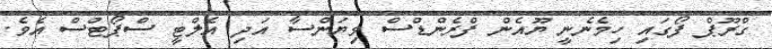
ގްރޫޕް ފޯގައި ހިމެނެނީ ޔޫއެން ފްރެންޑްސް ވިޔަންސާ އަދި އެލްޓީ ސްޕޯޓްސް އެވެ.